Indian journal of veterinary science and animal husbandry - Volume 3,
Year: 1933
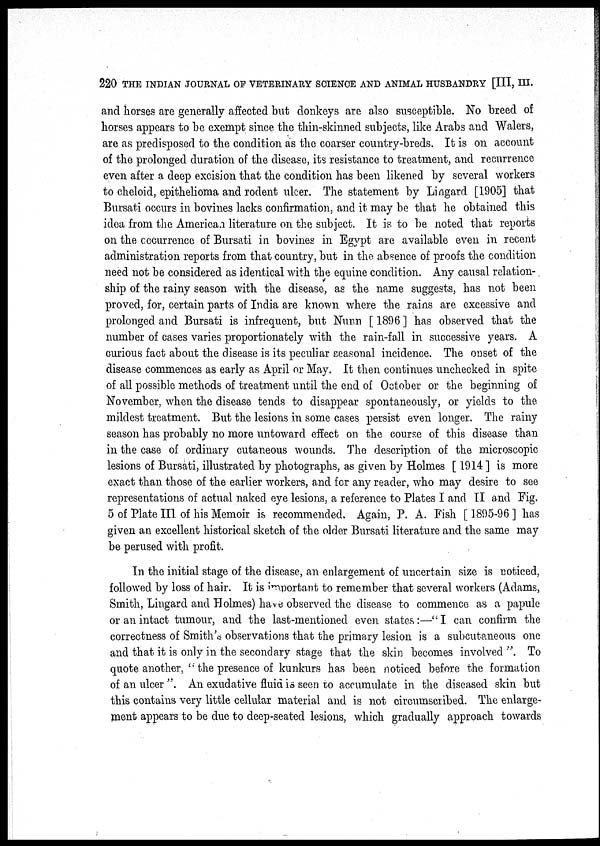
220 THE INDIAN JOURNAL OF VETERINARY SCIENCE AND ANIMAL HUSBANDRY [III, III.
and horses are generally affected but donkeys are also susceptible. No breed of
horses appears to be exempt since the thin-skinned subjects, like Arabs and Walers,
are as predisposed to the condition as the coarser country-breds. It is on account
of the prolonged duration of the disease, its resistance to treatment, and recurrence
even after a deep excision that the condition has been likened by several workers
to cheloid, epithelioma and rodent ulcer. The statement by Lingard [1905] that
Bursati occurs in bovines lacks confirmation, and it may be that he obtained this
idea from the American literature on the subject. It is to be noted that reports
on the occurrence of Bursati in bovines in Egypt are available even in recent
administration reports from that country, but in the absence of proofs the condition
need not be considered as identical with the equine condition. Any causal relation-
ship of the rainy season with the disease, as the name suggests, has not been
proved, for, certain parts of India are known where the rains are excessive and
prolonged and Bursati is infrequent, but Nunn [ 1896 ] has observed that the
number of cases varies proportionately with the rain-fall in successive years. A
curious fact about the disease is its peculiar seasonal incidence. The onset of the
disease commences as early as April or May. It then continues unchecked in spite
of all possible methods of treatment until the end of October or the beginning of
November, when the disease tends to disappear spontaneously, or yields to the
mildest treatment. But the lesions in some cases persist even longer. The rainy
season has probably no more untoward effect on the course of this disease than
in the case of ordinary cutaneous wounds. The description of the microscopic
lesions of Bursati, illustrated by photographs, as given by Holmes [ 1914 ] is more
exact than those of the earlier workers, and for any reader, who may desire to see
representations of actual naked eye lesions, a reference to Plates I and II and Fig.
5 of Plate III of his Memoir is recommended. Again, P. A. Fish [1895-96] has
given an excellent historical sketch of the older Bursati literature and the same may
be perused with profit.
In the initial stage of the disease, an enlargement of uncertain size is noticed,
followed by loss of hair. It is important to remember that several workers (Adams,
Smith, Lingard and Holmes) have observed the disease to commence as a papule
or an intact tumour, and the last-mentioned even states :—" I can confirm the
correctness of Smith's observations that the primary lesion is a subcutaneous one
and that it is only in the secondary stage that the skin becomes involved ". To
quote another, '' the presence of kunkurs has been noticed before the formation
of an ulcer ". An exudative fluid is seen to accumulate in the diseased skin but
this contains very little cellular material and is not circumscribed. The enlarge-
ment appears to be due to deep-seated lesions, which gradually approach towards